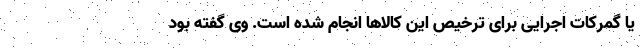
یا گمرکات اجرایی برای ترخیص این کالاها انجام شده است. وی گفته بود